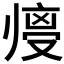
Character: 𱑼